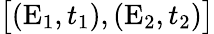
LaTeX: \bigl[(\textrm{E}_{1},t_{1}),(\textrm{E}_{2},t_{2})\bigr]